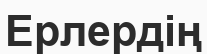
Ерлердің